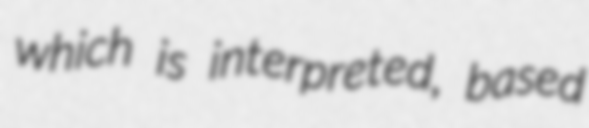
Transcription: which is interpreted, based